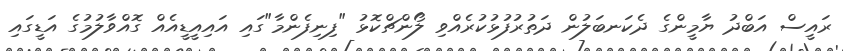
ރައީސް އަބްދު ޔާމީންގެ ދެކަނބަލުން ދަތުރުފުޅުކުރެއްވި ލޯންޗްކޮޅު "ފިނިފެންމާ"ގައި އައިއީޑީއެއް ގޮއްވާލުމުގެ އަޑީގައި